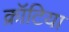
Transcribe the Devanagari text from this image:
क्रॉटिया